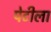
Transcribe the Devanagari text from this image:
पेटीला